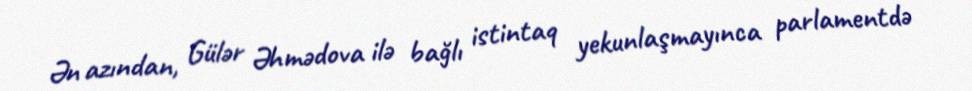
Ən azından, Gülər Əhmədova ilə bağlı istintaq yekunlaşmayınca parlamentdə